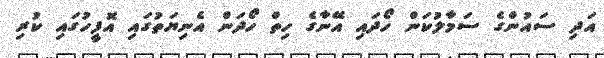
އަދި ސައުންގެ ސަމާލުކަން ހޯދައި އޭނާގެ ހިތް ހޯދަން އެނިޔަތުގައި އޮފީހުގައި ކުރި